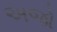
અજો